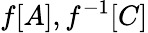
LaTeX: f[A],f^{-1}[C]